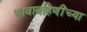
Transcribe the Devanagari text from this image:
भावाबहिणींच्या